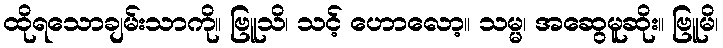
ထိုရသောချမ်းသာကို။ ဗြူသိ၊ သင့် ဟောလော့။ သမ္မ၊ အဆွေမူဆိုး။ ဗြူမိ၊